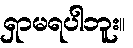
ရှာမရပါဘူး။